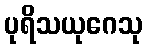
ပုရိသယုဂေသု